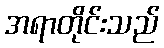
အရာတိုင်းသည်